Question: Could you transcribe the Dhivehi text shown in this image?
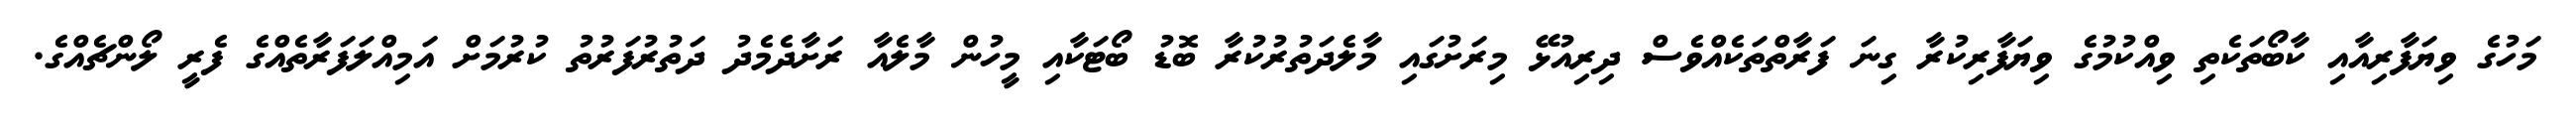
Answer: މަހުގެ ވިޔަފާރިއާއި ކާބޯތަކެތި ވިއްކުމުގެ ވިޔަފާރިކުރާ ގިނަ ފަރާތްތަކެއްވެސް ދިރިއުޅޭ މިރަށުގައި މާލެދަތުރުކުރާ ބޮޑު ބޯޓަކާއި މީހުން މާލެއާ ރަށާދެމެދު ދަތުރުފަރުތު ކުރުމަށް އަމިއްލަފަރާތެއްގެ ފެރީ ލޯންޗެއްގެ.